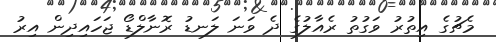
މެޗުގެ އިތުރު ވަގުތު ރެއާލުގެ ދެ ވަނަ ލަނޑު ރޮނާލްޑޯ ޖަހައިދިން އިރު